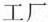
工厂